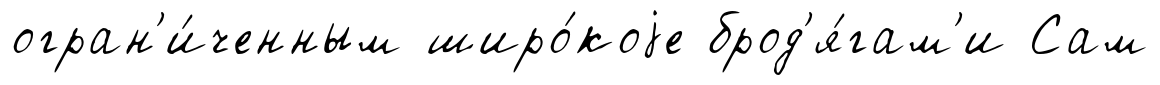
огран'и́ченным широ́коjе брод'я́гам'и Сам